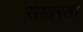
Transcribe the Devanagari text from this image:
सावरता